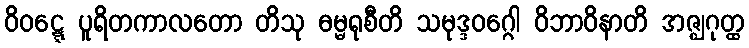
ဝိဝဋ္ဋေ ပူရိတကာလတော တိသု ဓမ္မရုစီတိ သမုဒ္ဒဝဂ္ဂေါ ဝိဘာဝိနာတိ အဇ္ဈဂုတ္ထ